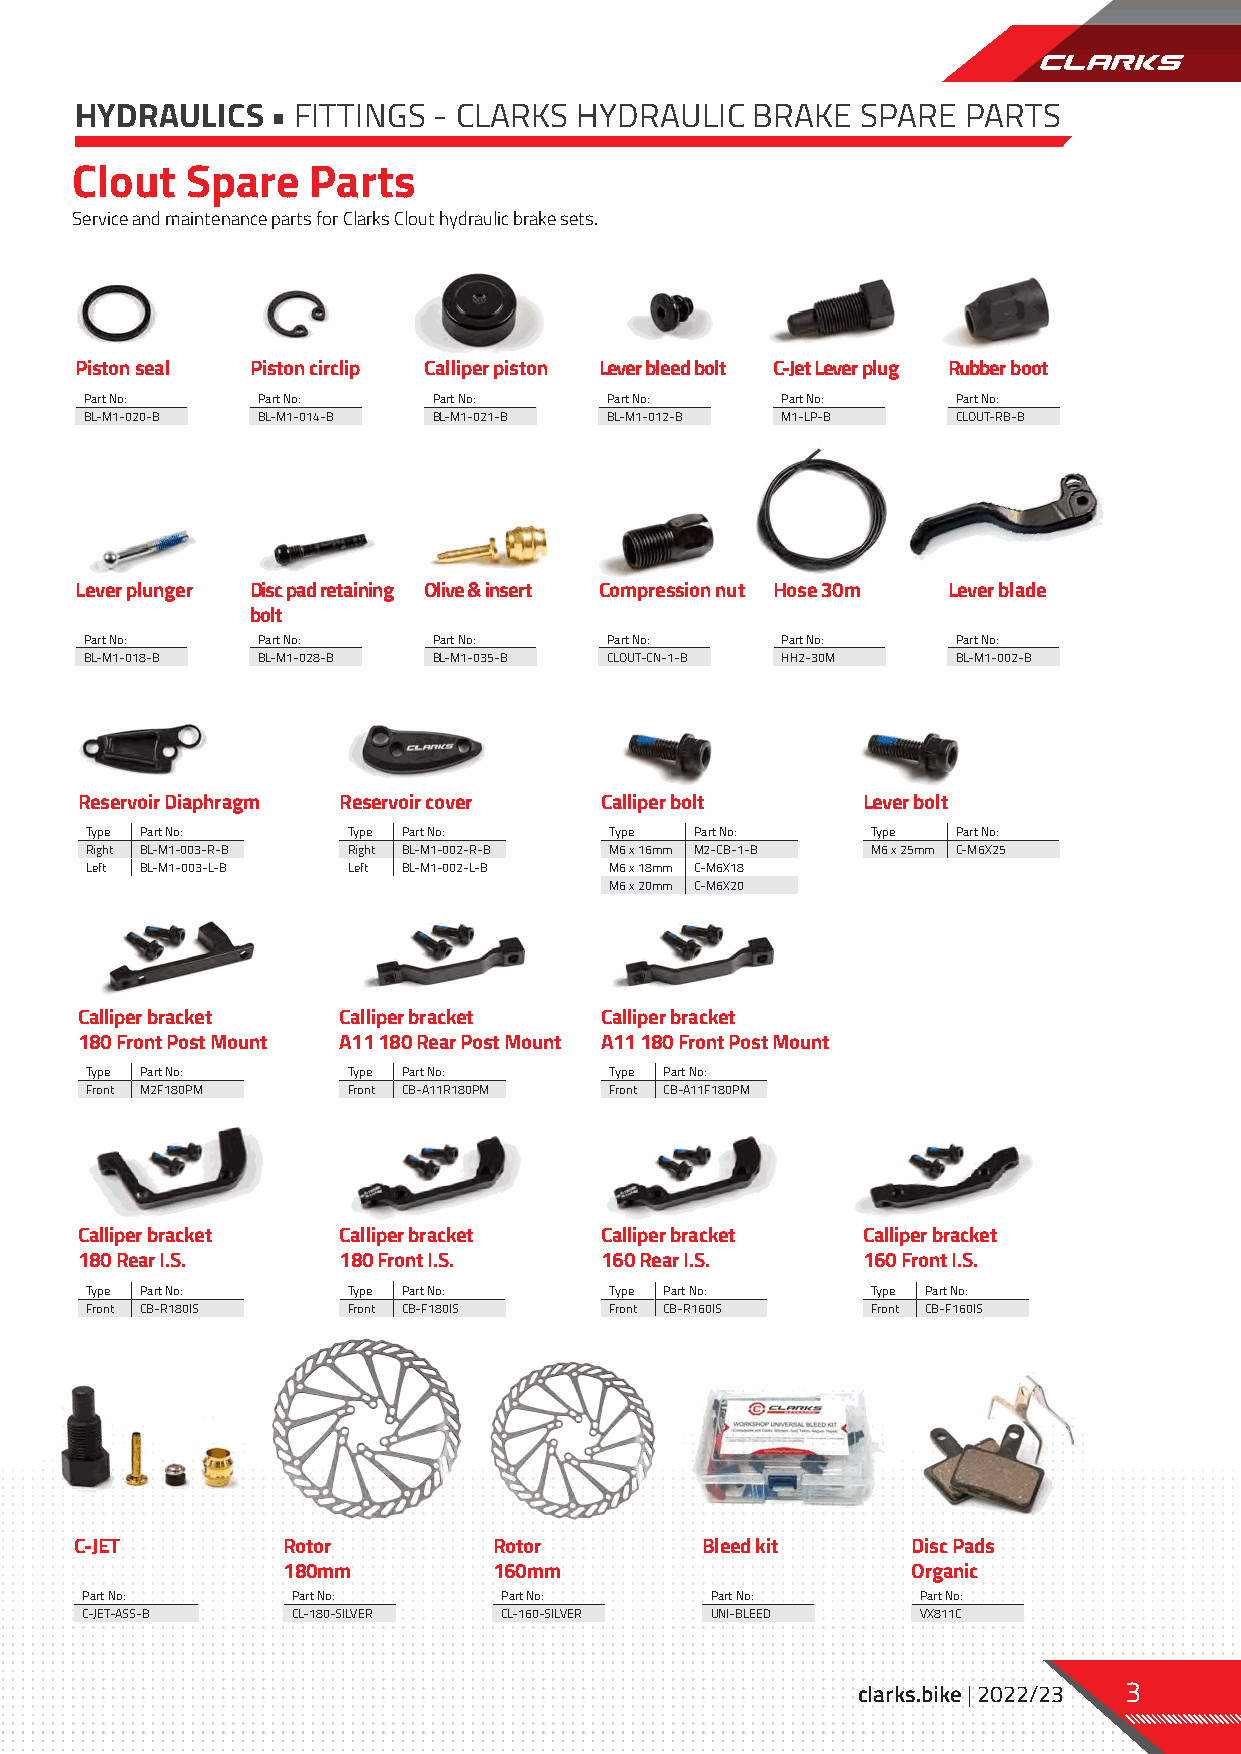
HYDRAULICS   • FITTINGS - CLARKS HYDRAULIC   BRAKE  SPARE  PARTS
 Clout  Spare   Parts
 Service and maintenance parts for Clarks Clout hydraulic brake sets.
 Piston seal Piston circlip Calliper piston Lever bleed bolt C-Jet Lever plug Rubber boot
 Part No:   Part No:    Part No:   Part No:    Part No:   Part No:
 BL-M1-020-B BL-M1-014-B BL-M1-021-B BL-M1-012-B M1-LP-B  CLOUT-RB-B
 Lever plunger Disc pad retaining Olive & insert Compression nut Hose 30m Lever blade
 bolt
 Part No:   Part No:    Part No:   Part No:    Part No:   Part No:
 BL-M1-018-B BL-M1-028-B BL-M1-035-B CLOUT-CN-1-B HH2-30M BL-M1-002-B
 Reservoir Diaphragm Reservoir cover Calliper bolt   Lever bolt
 Type Part No:    Type Part No:    Type  Part No:    Type Part No:
 Right BL-M1-003-R-B Right BL-M1-002-R-B M6 x 16mm M2-CB-1-B M6 x 25mm C-M6X25
 Left BL-M1-003-L-B Left BL-M1-002-L-B M6 x 18mm C-M6X18
 M6 x 20mm C-M6X20
 Calliper bracket Calliper bracket  Calliper bracket
 180 Front Post Mount A11 180 Rear Post Mount A11 180 Front Post Mount
 Type Part No:    Type Part No:    Type Part No:
 Front M2F180PM   Front CB-A11R180PM Front CB-A11F180PM
 Calliper bracket Calliper bracket  Calliper bracket Calliper bracket
 180 Rear I.S.    180 Front I.S.    160 Rear I.S.    160 Front I.S.
 Type Part No:    Type Part No:    Type Part No:     Type Part No:
 Front CB-R180IS  Front CB-F180IS  Front CB-R160IS   Front CB-F160IS
 C-JET         Rotor         Rotor        Bleed kit     Disc Pads
 180mm         160mm                      Organic
 Part No:      Part No:      Part No:      Part No:      Part No:
 C-JET-ASS-B   CL-180-SILVER CL-160-SILVER UNI-BLEED     VX811C
 clarks.bike | 2022/23 3